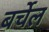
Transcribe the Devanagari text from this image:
बर्चेल